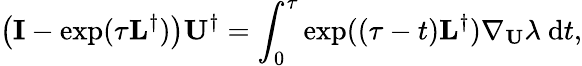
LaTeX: \left(\mathbf{I}-\exp(\tau\mathbf{L}^{\dagger})\right)\mathbf{U}^{\dagger}=\int_{0}^{\tau}\exp((\tau-t)\mathbf{L}^{\dagger})\nabla_{\mathbf{U}}\lambda\ \mathrm{d}t,